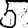
Digit: 5